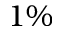
1 \%